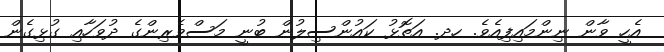
އެހީ ވާން ނިންމައިފިއެވެ. ހދ. އަތޮޅު ކައުންސިލުން ބުނީ މަސްވެރިންގެ ދުވަހާއި ގުޅިގެން